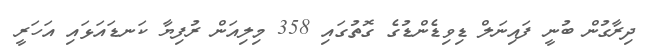
ދިރާގުން ބުނީ ފައިނަލް ޑިވިޑެންޑުގެ ގޮތުގައި 358 މިލިއަން ރުފިޔާ ކަނޑައަޅައި އަހަރީ